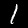
Digit: 1